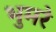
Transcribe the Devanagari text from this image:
भुमरे